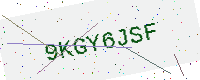
Text: 9KGY6JSF